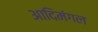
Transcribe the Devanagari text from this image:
आदिमंगल